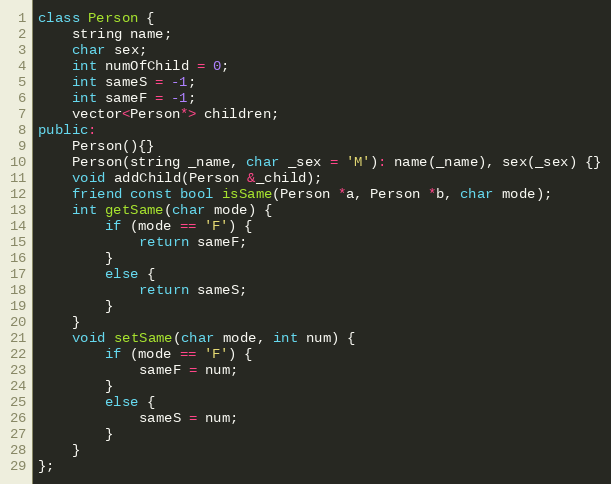
Language: C++
class Person {
	string name;
	char sex;
	int numOfChild = 0;
	int sameS = -1;
	int sameF = -1;
	vector<Person*> children;
public:
	Person(){}
	Person(string _name, char _sex = 'M'): name(_name), sex(_sex) {}
	void addChild(Person &_child);
	friend const bool isSame(Person *a, Person *b, char mode);
	int getSame(char mode) {
		if (mode == 'F') {
			return sameF;
		}
		else {
			return sameS;
		}
	}
	void setSame(char mode, int num) {
		if (mode == 'F') {
			sameF = num;
		}
		else {
			sameS = num;
		}
	}
};